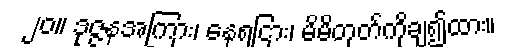
၂၀။ ဒုဇ္ဇနအကြား၊ နေရငြား၊ မိမိတုတ်ကိုချ၍ထား။